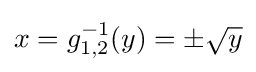
x=g_{1,2}^{-1}(y)=\pm {\sqrt {y}}